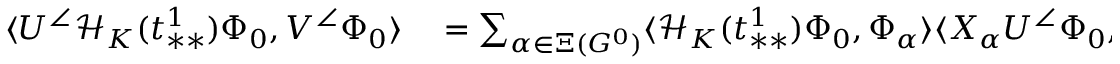
\begin{array} { r l } { \langle U ^ { \angle } \mathcal { H } _ { K } ( t _ { * * } ^ { 1 } ) \Phi _ { 0 } , V ^ { \angle } \Phi _ { 0 } \rangle } & { { } = \sum _ { \alpha \in \Xi ( G ^ { 0 } ) } \langle \mathcal { H } _ { K } ( t _ { * * } ^ { 1 } ) \Phi _ { 0 } , \Phi _ { \alpha } \rangle \langle X _ { \alpha } U ^ { \angle } \Phi _ { 0 } , V ^ { \angle } \Phi _ { 0 } \rangle + \mathcal { E } _ { \mathrm { C C } } ( t _ { * * } ^ { 1 } ) \langle U ^ { \angle } \Phi _ { 0 } , V ^ { \angle } \Phi _ { 0 } \rangle , } \end{array}